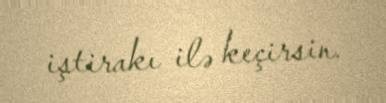
iştirakı ilə keçirsin.